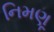
નિમણૂ